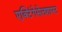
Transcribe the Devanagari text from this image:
एक्टिंगेसेलशाफ्ट